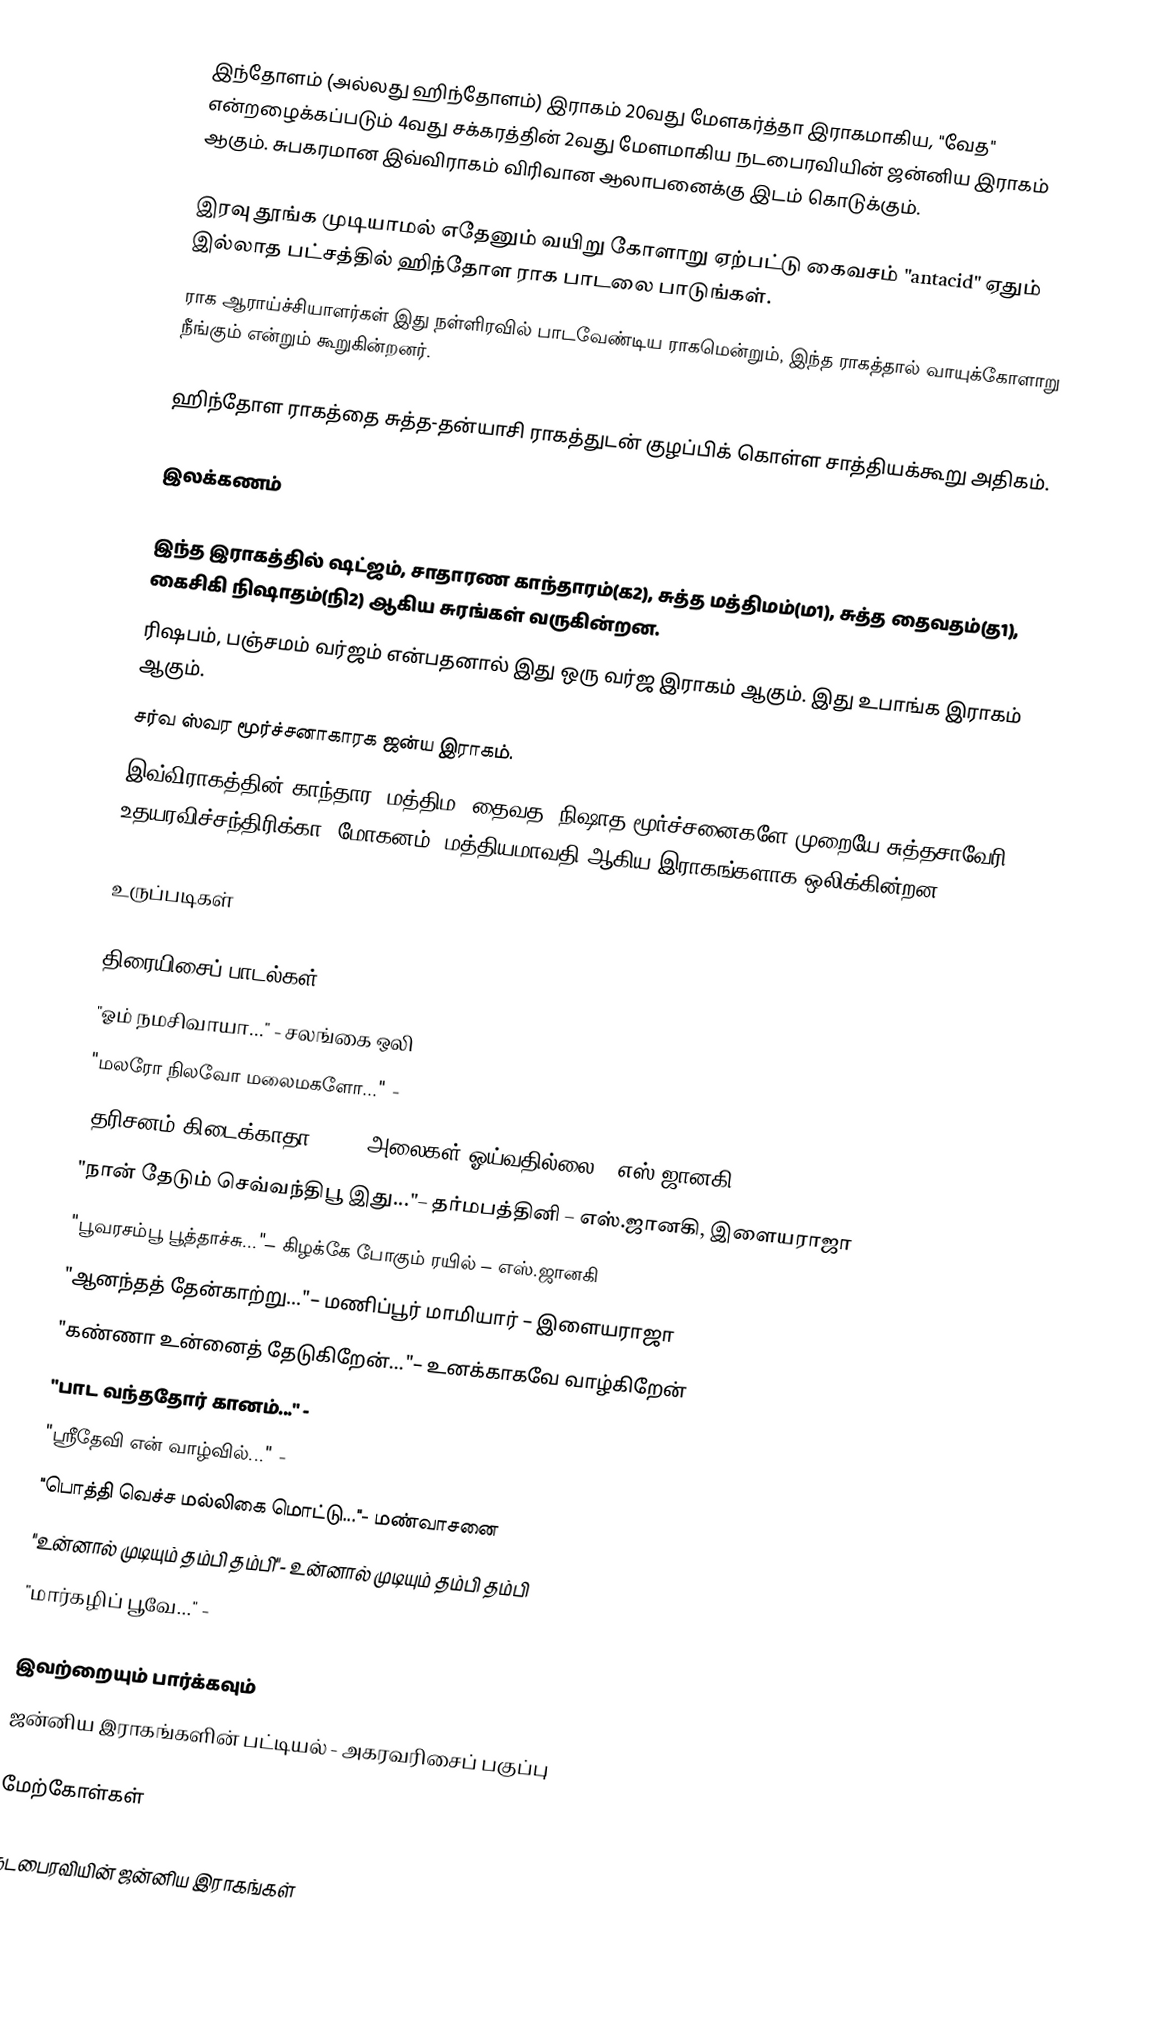
இந்தோளம் (அல்லது ஹிந்தோளம்) இராகம் 20வது மேளகர்த்தா இராகமாகிய, "வேத" என்றழைக்கப்படும் 4வது சக்கரத்தின் 2வது மேளமாகிய நடபைரவியின் ஜன்னிய இராகம் ஆகும். சுபகரமான இவ்விராகம் விரிவான ஆலாபனைக்கு இடம் கொடுக்கும்.

இரவு தூங்க முடியாமல் எதேனும் வயிறு கோளாறு ஏற்பட்டு கைவசம் "antacid" ஏதும் இல்லாத பட்சத்தில் ஹிந்தோள ராக பாடலை பாடுங்கள்.
ராக ஆராய்ச்சியாளர்கள் இது நள்ளிரவில் பாடவேண்டிய ராகமென்றும், இந்த ராகத்தால் வாயுக்கோளாறு நீங்கும் என்றும் கூறுகின்றனர்.

ஹிந்தோள ராகத்தை சுத்த-தன்யாசி ராகத்துடன் குழப்பிக் கொள்ள சாத்தியக்கூறு அதிகம்.

இலக்கணம்

 இந்த இராகத்தில் ஷட்ஜம், சாதாரண காந்தாரம்(க2), சுத்த மத்திமம்(ம1), சுத்த தைவதம்(த1), கைசிகி நிஷாதம்(நி2) ஆகிய சுரங்கள் வருகின்றன.
 ரிஷபம், பஞ்சமம் வர்ஜம் என்பதனால் இது ஒரு வர்ஜ இராகம் ஆகும். இது உபாங்க இராகம் ஆகும்.
 சர்வ ஸ்வர மூர்ச்சனாகாரக ஜன்ய இராகம்.
 இவ்விராகத்தின் காந்தார, மத்திம, தைவத, நிஷாத மூர்ச்சனைகளே முறையே சுத்தசாவேரி, உதயரவிச்சந்திரிக்கா, மோகனம், மத்தியமாவதி ஆகிய இராகங்களாக ஒலிக்கின்றன.

உருப்படிகள்

திரையிசைப் பாடல்கள்
 "ஓம் நமசிவாயா..." - சலங்கை ஒலி
 "மலரோ நிலவோ மலைமகளோ..." -
 "தரிசனம் கிடைக்காதா..." – அலைகள் ஓய்வதில்லை – எஸ்.ஜானகி
 "நான் தேடும் செவ்வந்திபூ இது..."– தர்மபத்தினி – எஸ்.ஜானகி, இளையராஜா
 "பூவரசம்பூ பூத்தாச்சு..."– கிழக்கே போகும் ரயில் – எஸ்.ஜானகி
 "ஆனந்தத் தேன்காற்று..."– மணிப்பூர் மாமியார் – இளையராஜா
 "கண்ணா உன்னைத் தேடுகிறேன்..."– உனக்காகவே வாழ்கிறேன்
 "பாட வந்ததோர் கானம்..." -
 "ஸ்ரீதேவி என் வாழ்வில்..." -
 "பொத்தி வெச்ச மல்லிகை மொட்டு..."- மண்வாசனை
 "உன்னால் முடியும் தம்பி தம்பி"- உன்னால் முடியும் தம்பி தம்பி
 "மார்கழிப் பூவே..." -

இவற்றையும் பார்க்கவும்
 ஜன்னிய இராகங்களின் பட்டியல் - அகரவரிசைப் பகுப்பு

மேற்கோள்கள்

நடபைரவியின் ஜன்னிய இராகங்கள்